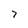
Character: 7